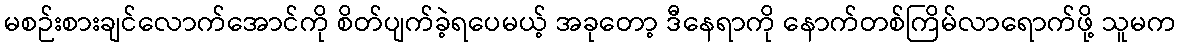
မစဉ်းစားချင်လောက်အောင်ကို စိတ်ပျက်ခဲ့ရပေမယ့် အခုတော့ ဒီနေရာကို နောက်တစ်ကြိမ်လာရောက်ဖို့ သူမက